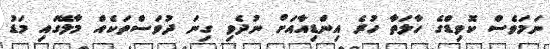
ނަމަވެސް ކޮވިޑްގެ ހާލަތާ ހުރެ އިންޑިއާއަށް ނުދެވި ގިނަ ދުވަސްތަކެއް މާލޭގައި މަޑު